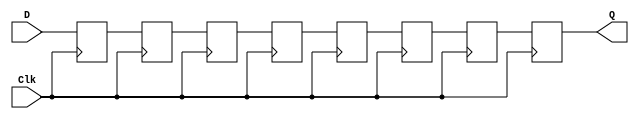
module inSieve (D, Q, Clk);

input D;
input Clk;

output Q;

reg q1, q2, q3, q4, q5, q6, q7, q8;

assign Q = q8;

always @ (posedge Clk)
begin
q1 <= D;
q2 <= q1;
q3 <= q2;
q4 <= q3;
q5 <= q4;
q6 <= q5;
q7 <= q6;
q8 <= q7;
end


endmodule

module Ranger(D, Qp, Qn, Clk, SpikeFlag);

input D;
input Clk;

output Qn, Qp;
output SpikeFlag;

reg [3:0]range;

reg Qout;
reg Spike = 0;
assign SpikeFlag = Spike;

assign Qp = Qout;
assign Qn = ~Qout;

always @ (posedge Clk)
begin

	case(range)
	
	3'b000:
	begin
	if (D != Qout)
		range <= 3'b001;
	else
		range <= 3'b000;
		
	Spike <= 0;
	end
	
	3'b001:
	begin
	if (D != Qout)
		range <= 3'b010;
	else
		range <= 3'b111;
		
	Spike <= 0;
	end
	
	3'b010:
	begin
	if (D != Qout)
		range <= 3'b011;
	else
		range <= 3'b111;
	
	Spike <= 0;
	end
	
	3'b011:
	begin
	if (D != Qout)
		range <= 3'b100;
	else
		range <= 3'b111;
		
	Spike <= 0;
	end
	
	3'b100:
	begin
	if (D != Qout)
	begin
		Qout <= D;
		range <= 3'b000;
	end
	else
		range <= 3'b111;
	
	Spike <= 0;
	end
	
	3'b111:
	begin
	//flag occurence of spike
	range <= 3'b000;
	Spike <= 1;
	end
	
	default: range <= 3'b000;
	endcase

end
endmodule